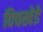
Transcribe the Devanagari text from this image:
विचखेडे